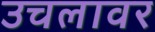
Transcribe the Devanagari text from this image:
उचलावर